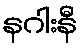
နဂါးနီ